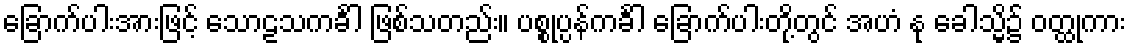
ခြောက်ပါးအားဖြင့် သောဠသကင်္ခါ ဖြစ်သတည်း။ ပစ္စုပ္ပန်ကင်္ခါ ခြောက်ပါးတို့တွင် အဟံ နု ခေါသ္မိ၌ ဝတ္ထုကား